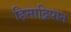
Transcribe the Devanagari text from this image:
हिमाद्रिपात